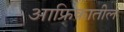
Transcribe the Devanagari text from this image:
आफ्रिकातील